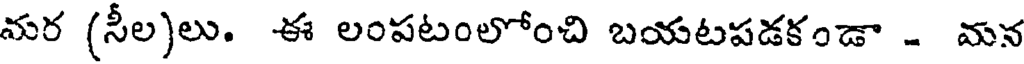
మర (సీల)లు. ఈ లంపటంలోంచి బయటపడకండా - మన